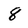
Character: 8